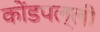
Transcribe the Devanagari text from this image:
कोंडपल्ली